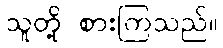
သူတို့ စားကြသည်။